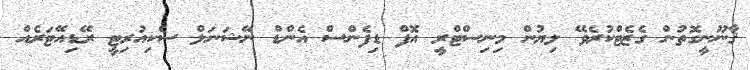
ޤާނޫނީގޮތުން ގެޒެޓްކުރެވޭ ލިޔުން މިނިސްޓްރީ އޮފް ޑިފެންސް އެންޑް ނޭޝަނަލް ސެކިއުރިޓީ ރޭޑިއޭޓަރެއް